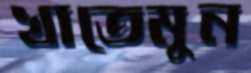
খাতেমুন